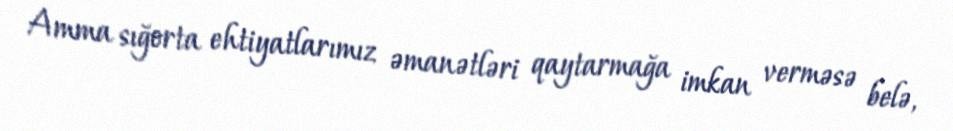
Amma sığorta ehtiyatlarımız əmanətləri qaytarmağa imkan verməsə belə,